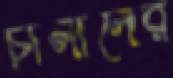
চালানের